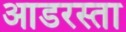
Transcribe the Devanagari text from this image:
आडरस्ता